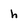
Character: h